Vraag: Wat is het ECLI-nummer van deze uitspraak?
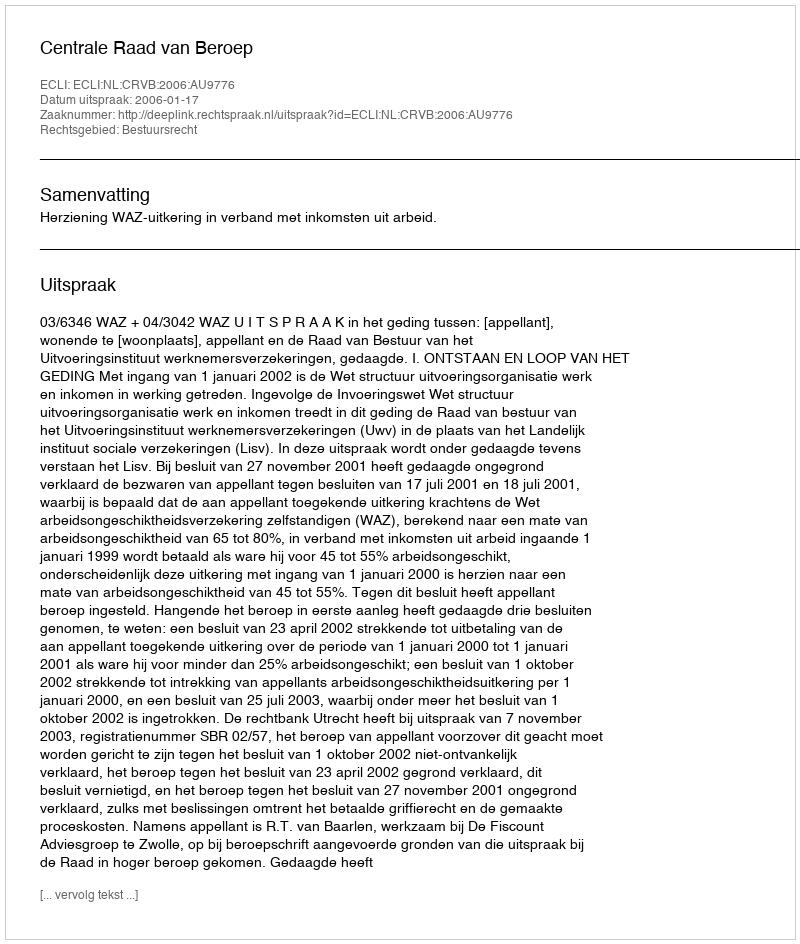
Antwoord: ECLI:NL:CRVB:2006:AU9776